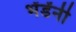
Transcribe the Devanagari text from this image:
भेंडेंनी